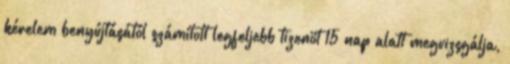
kérelem benyújtásától számított legfeljebb tizenöt 15 nap alatt megvizsgálja,